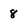
Character: 8